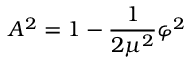
A ^ { 2 } = 1 - \frac { 1 } { 2 \mu ^ { 2 } } \varphi ^ { 2 }